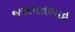
જસમતભાઈ